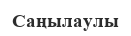
Саңылаулы